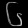
Digit: ၆